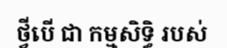
ថ្វីបើ ជា កម្មសិទ្ធិ របស់